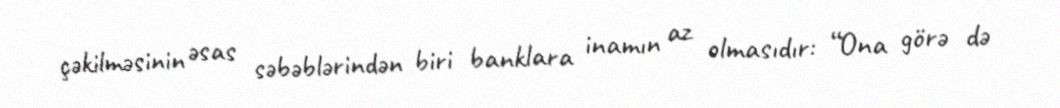
çəkilməsinin əsas səbəblərindən biri banklara inamın az olmasıdır: “Ona görə də